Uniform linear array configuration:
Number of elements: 24
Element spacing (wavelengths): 0.75
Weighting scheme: uniform
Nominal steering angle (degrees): -45
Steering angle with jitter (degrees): -43.112
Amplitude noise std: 0.05
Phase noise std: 0.05

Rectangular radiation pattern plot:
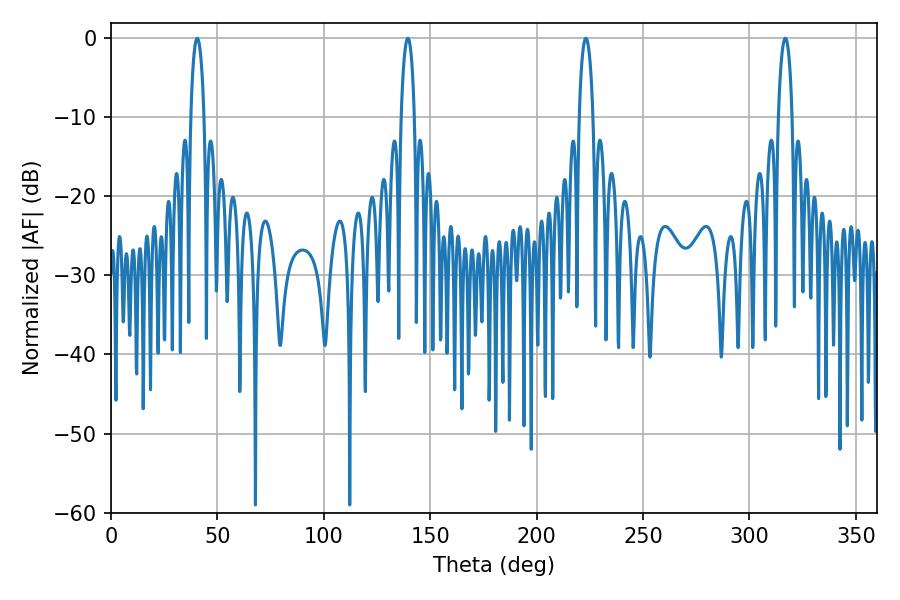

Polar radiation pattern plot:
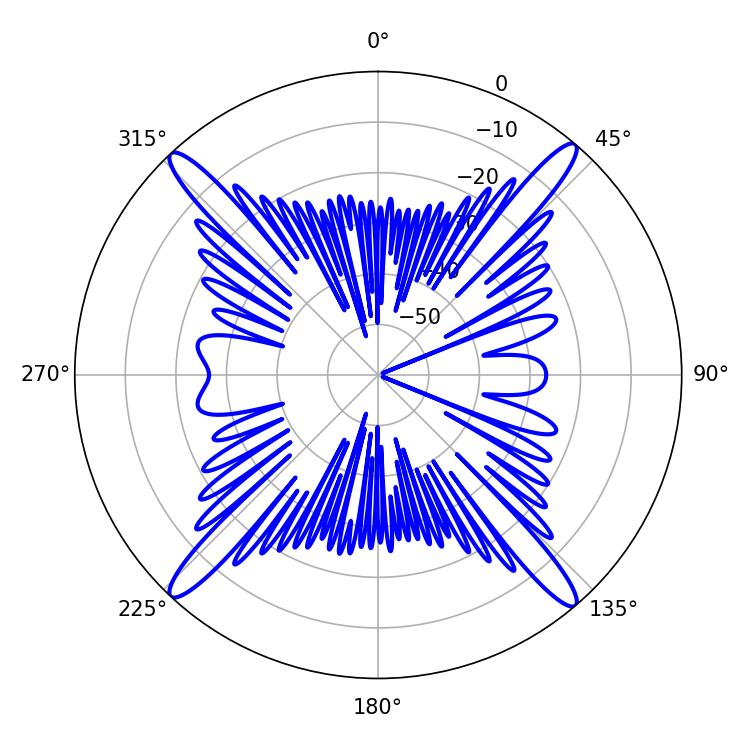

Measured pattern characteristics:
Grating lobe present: TRUE
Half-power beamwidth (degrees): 3.6
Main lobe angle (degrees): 139.5